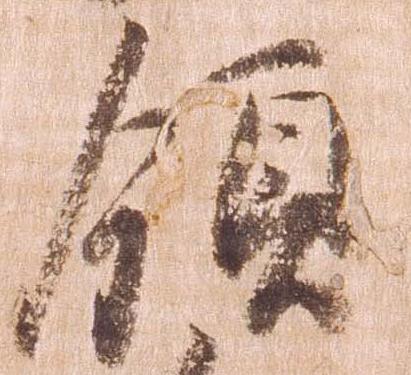
領